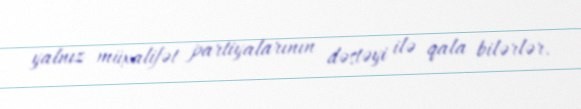
yalnız müxalifət partiyalarının dəstəyi ilə qala bilərlər.